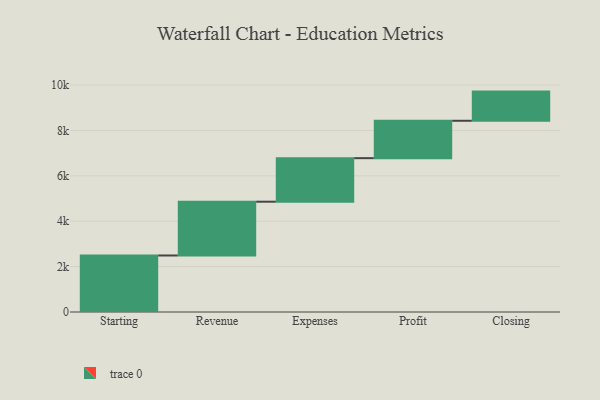
{"axis": {"x": "Step", "y": "Value"}, "legend": [""], "data": [{"x": "Starting", "y": 2491.0, "type": ""}, {"x": "Revenue", "y": 2371.0, "type": ""}, {"x": "Expenses", "y": 1919.0, "type": ""}, {"x": "Profit", "y": 1648.0, "type": ""}, {"x": "Closing", "y": 1286.0, "type": ""}]}